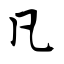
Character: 凡